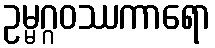
ဥမ္မဂ္ဂဝဿကာရော